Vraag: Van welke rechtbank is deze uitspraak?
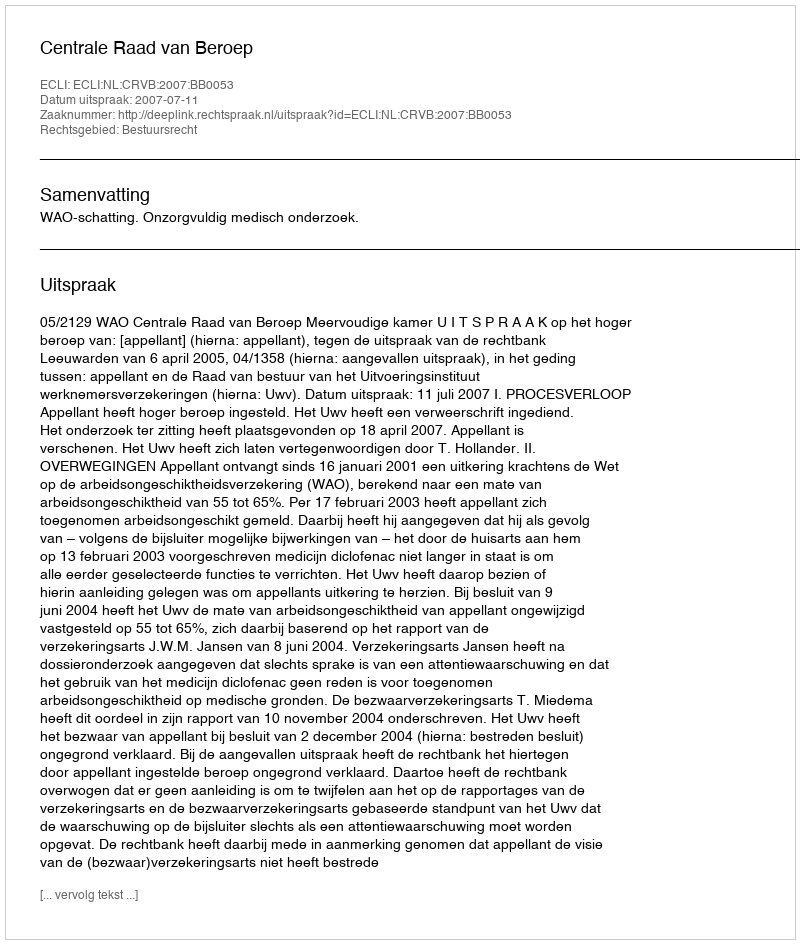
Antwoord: Centrale Raad van Beroep